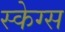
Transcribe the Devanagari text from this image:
स्केग्स